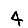
Digit: 4